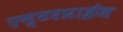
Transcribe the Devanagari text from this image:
एन्टरप्राईज